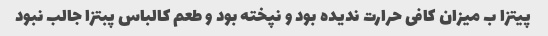
پیتزا ب میزان کافی حرارت ندیده بود و نپخته بود و طعم کالباس پبتزا جالب نبود